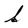
Character: s